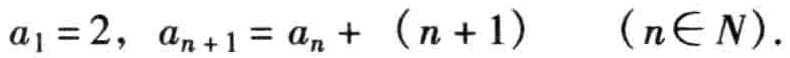
\(a_{1}=2,\ a_{n + 1}=a_{n}+(n + 1)\ (n\in N)\)